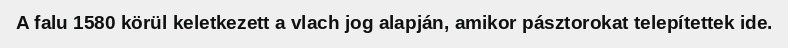
A falu 1580 körül keletkezett a vlach jog alapján, amikor pásztorokat telepítettek ide.